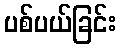
ပစ်ပယ်ခြင်း